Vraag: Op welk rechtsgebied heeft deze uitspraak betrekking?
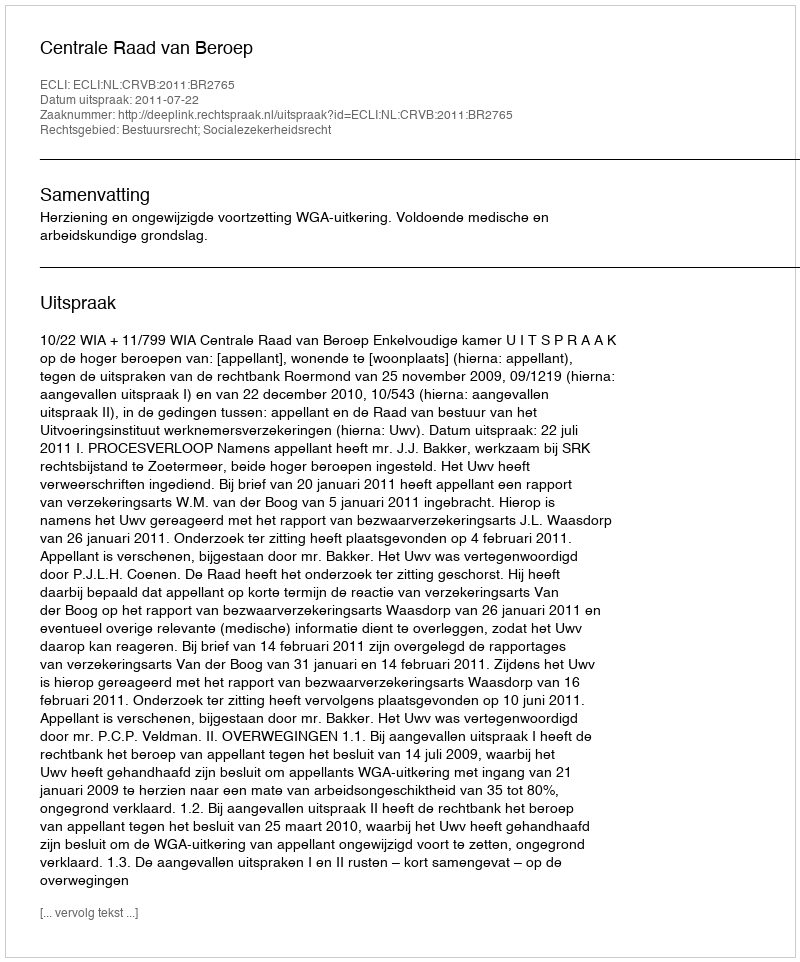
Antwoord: Bestuursrecht; Socialezekerheidsrecht